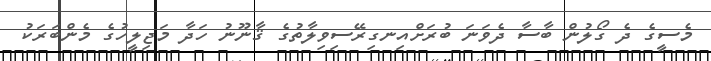
މެސީގެ ދެ ގޯލުން ބާސާ ދެވަނަ ބުރަށްއިނގިރޭސިވިލާތުގެ ޤާނޫނު ހަދާ މަޖިލީހުގެ މެންބަރަކު